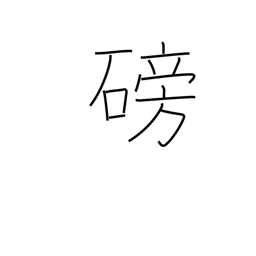
Meaning: become obstructed